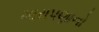
મારાપણાનો